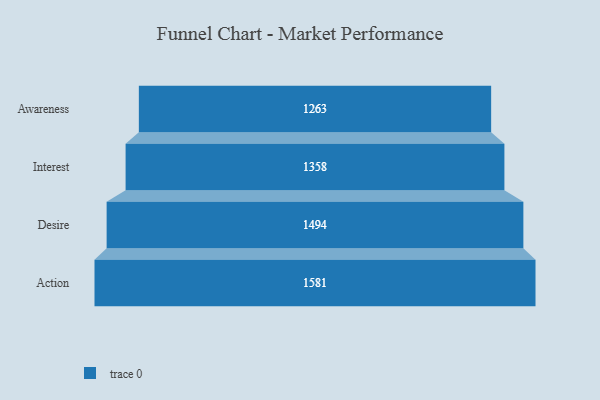
{"axis": {"x": "Stage", "y": "Value"}, "legend": [""], "data": [{"x": "Awareness", "y": 1263.0, "type": ""}, {"x": "Interest", "y": 1358.0, "type": ""}, {"x": "Desire", "y": 1494.0, "type": ""}, {"x": "Action", "y": 1581.0, "type": ""}]}